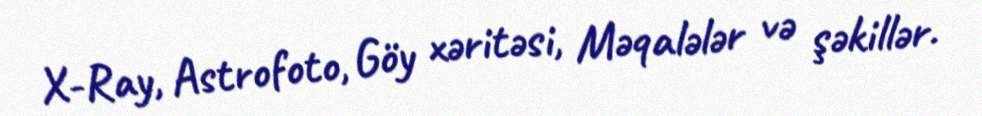
X-Ray, Astrofoto, Göy xəritəsi, Məqalələr və şəkillər.